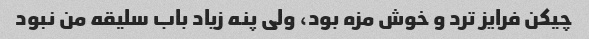
چیکن فرایز ترد و خوش مزه بود، ولی پنه زیاد باب سلیقه من نبود